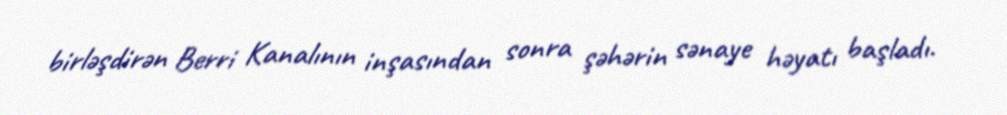
birləşdirən Berri Kanalının inşasından sonra şəhərin sənaye həyatı başladı.